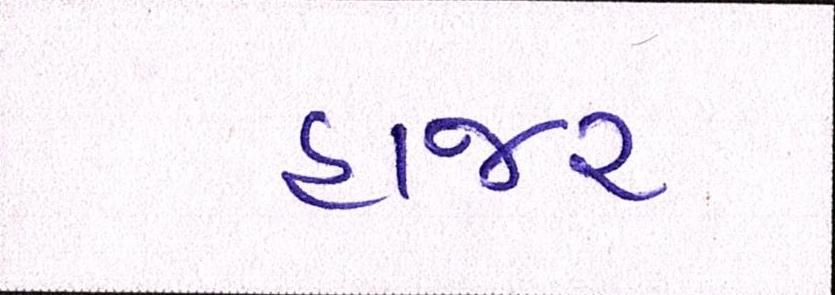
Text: હાજર